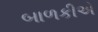
બાળકીએ